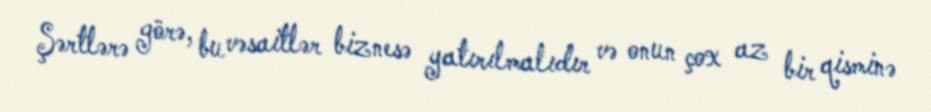
Şərtlərə görə, bu vəsaitlər biznesə yatırılmalıdır və onun çox az bir qisminə